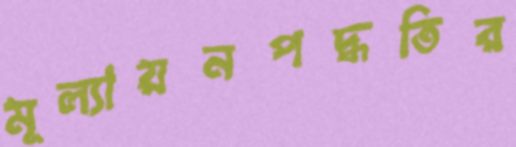
মূল্যায়নপদ্ধতির